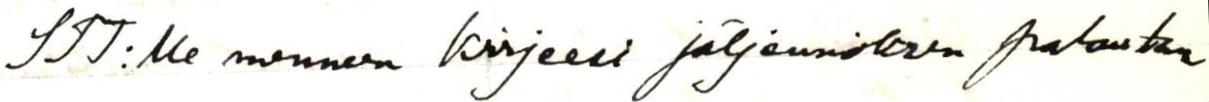
STT:lle menneen kirjeeni jäljennöksen palautan